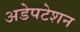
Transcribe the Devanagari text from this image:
अडेपटेशन